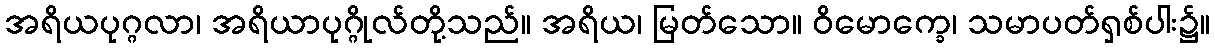
အရိယပုဂ္ဂလာ၊ အရိယာပုဂ္ဂိုလ်တို့သည်။ အရိယ၊ မြတ်သော။ ဝိမောက္ခေ၊ သမာပတ်ရှစ်ပါး၌။